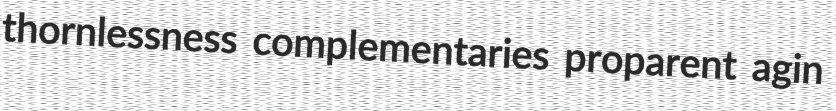
thornlessness complementaries proparent agin